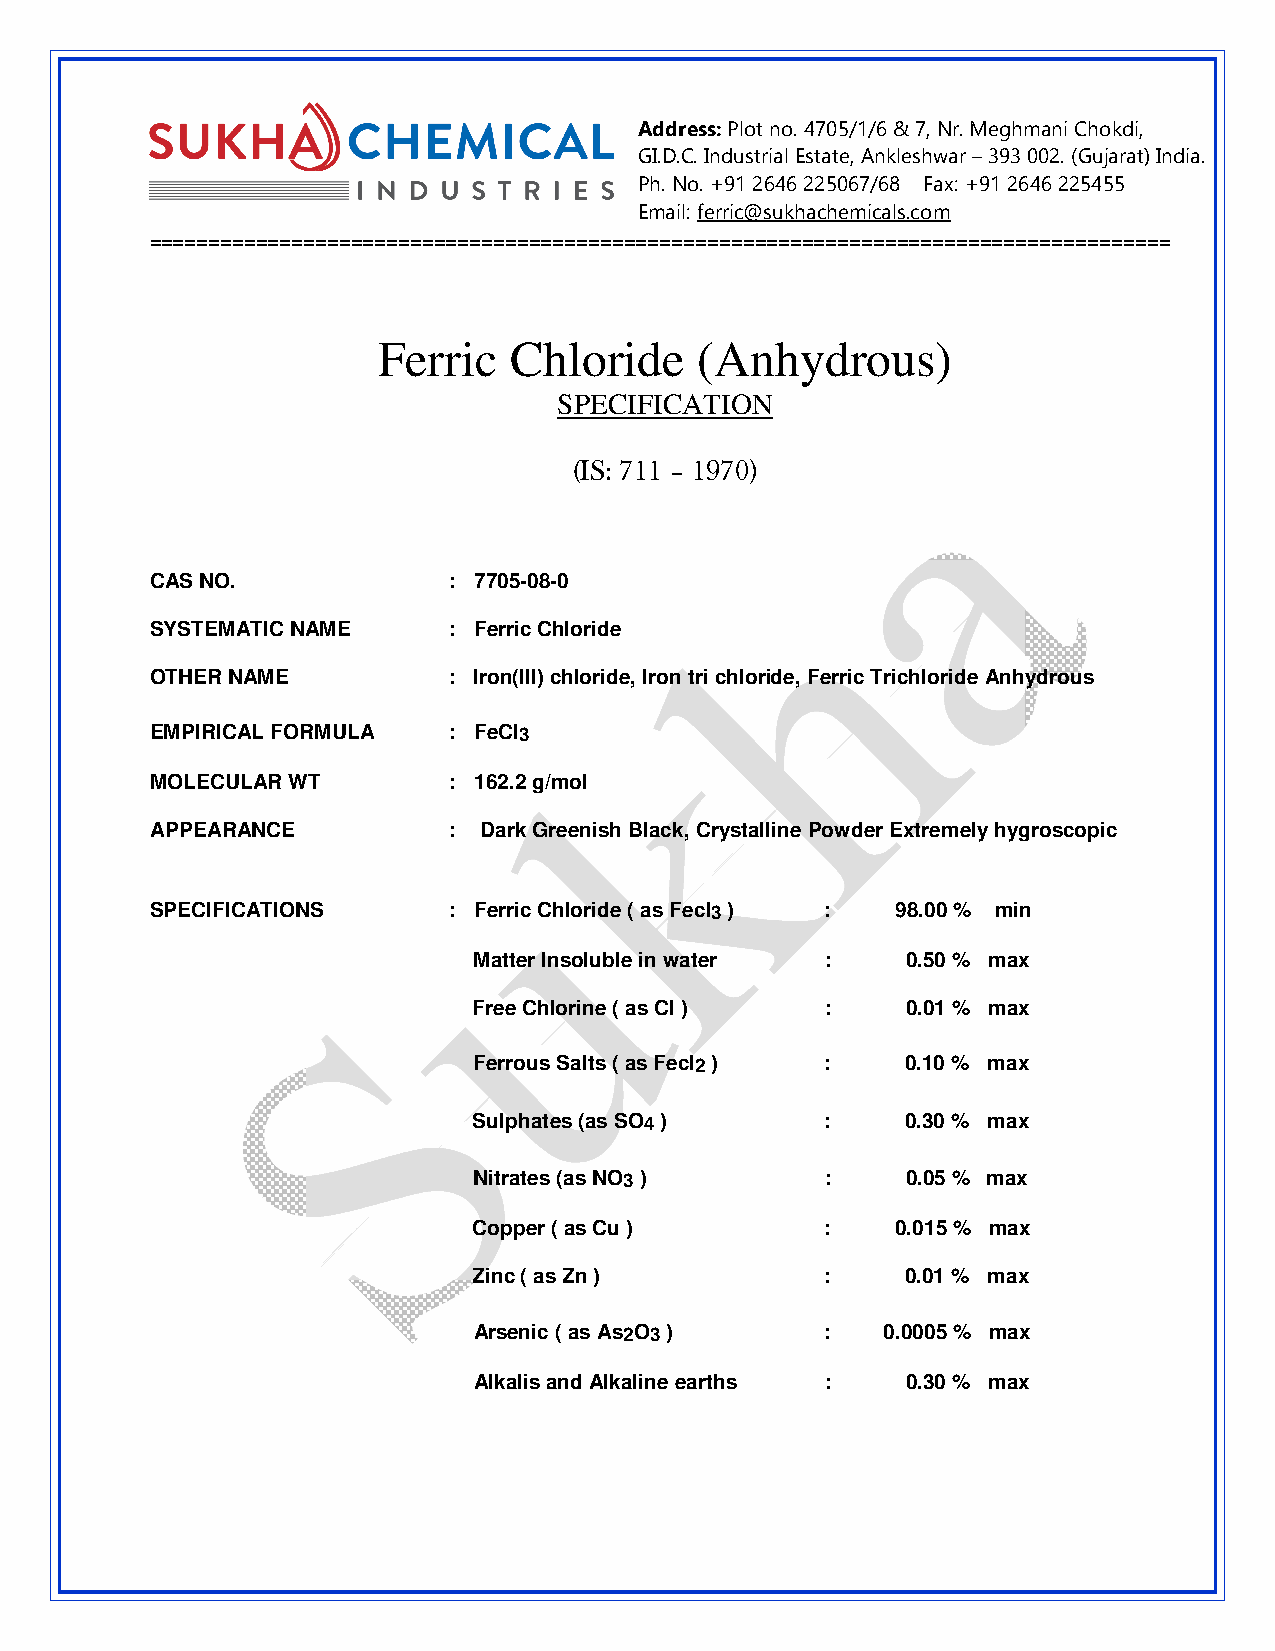
Address: Plot no. 4705/1/6 & 7, Nr. Meghmani Chokdi,
 GI.D.C. Industrial Estate, Ankleshwar – 393 002. (Gujarat) India.
 Ph. No. +91 2646 225067/68 Fax: +91 2646 225455
 Em ail: ferric@sukhachemicals.com
 ========================================== ============================================
 Ferric   Chloride    (Anhydrous)
 SPECIFICATION
 (IS: 711 – 1970)
 CAS NO.             : 7705-08-0
 SYSTEMATIC NAME     : Ferric Chloride
 OTHER NAME          : Iron(III) chloride, Iron tri chloride, Ferric Trichloride Anhydrous
 EMPIRICAL FORMULA   : FeCl3
 MOLECULAR WT        : 162.2 g/mol
 APPEARANCE          : Dark Greenish Black, Crystalline Powder Extremely hygroscopic
 SPECIFICATIONS      : Ferric Chloride ( as Fecl3 ) : 98.00 % min
 Matter Insoluble in water :  0.50 % max
 Free Chlorine ( as Cl ) :    0.01 % max
 Ferrous Salts ( as Fecl2 ) : 0.10 % max
 Sulphates (as SO4 )     :    0.30 % max
 Nitrates (as NO3 )      :    0.05 % max
 Copper ( as Cu )        :   0.015 % max
 Zinc ( as Zn )          :    0.01 % max
 Arsenic ( as As2O3 )    :   0.0005 % max
 Alkalis and Alkaline earths : 0.30 % max